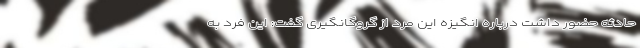
حادثه حضور داشت درباره انگیزه این مرد از گروگانگیری گفت: این فرد به